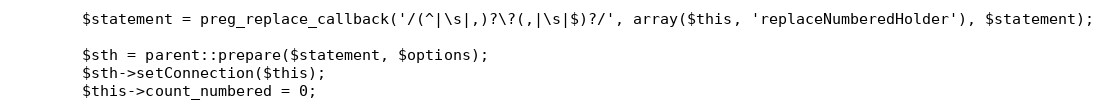
Language: PHP
        $statement = preg_replace_callback('/(^|\s|,)?\?(,|\s|$)?/', array($this, 'replaceNumberedHolder'), $statement);

        $sth = parent::prepare($statement, $options);
        $sth->setConnection($this);
        $this->count_numbered = 0;